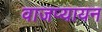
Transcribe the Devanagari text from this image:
वाजप्यायन